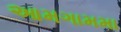
આમગામમા